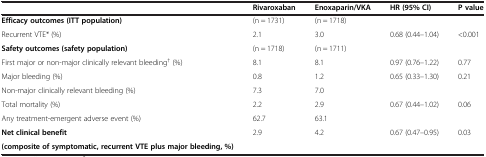
<table><thead><tr><td><b> </b></td><td><b>Rivaroxaban</b></td><td><b>Enoxaparin/VKA</b></td><td><b>HR (95% CI)</b></td><td><b>P value</b></td></tr></thead><tbody><tr><td><b>Efficacy outcomes (ITT population)</b></td><td>(n = 1731)</td><td>(n = 1718)</td><td> </td><td> </td></tr><tr><td>Recurrent VTE* (%)</td><td>2.1</td><td>3.0</td><td>0.68 (0.44–1.04)</td><td>&lt;0.001</td></tr><tr><td><b>Safety outcomes (safety population)</b></td><td>(n = 1718)</td><td>(n = 1711)</td><td> </td><td> </td></tr><tr><td>First major or non-major clinically relevant bleeding<sup>†</sup> (%)</td><td>8.1</td><td>8.1</td><td>0.97 (0.76–1.22)</td><td>0.77</td></tr><tr><td>Major bleeding (%)</td><td>0.8</td><td>1.2</td><td>0.65 (0.33–1.30)</td><td>0.21</td></tr><tr><td>Non-major clinically relevant bleeding (%)</td><td>7.3</td><td>7.0</td><td> </td><td> </td></tr><tr><td>Total mortality (%)</td><td>2.2</td><td>2.9</td><td>0.67 (0.44–1.02)</td><td>0.06</td></tr><tr><td>Any treatment-emergent adverse event (%)</td><td>62.7</td><td>63.1</td><td> </td><td> </td></tr><tr><td><b>Net clinical benefit</b></td><td rowspan="2">2.9</td><td rowspan="2">4.2</td><td rowspan="2">0.67 (0.47–0.95)</td><td rowspan="2">0.03</td></tr><tr><td><b>(composite of symptomatic, recurrent VTE plus major bleeding, %)</b></td></tr></tbody></table>